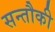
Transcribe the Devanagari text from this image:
सन्तौकी